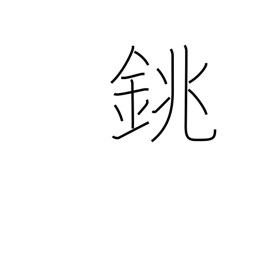
Meaning: sake bottle